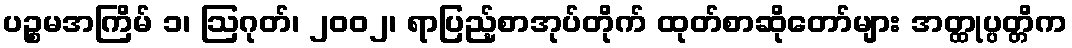
ပဉ္စမအကြိမ် ၁၊ ဩဂုတ်၊ ၂၀၀၂၊ ရာပြည့်စာအုပ်တိုက် ထုတ်စာဆိုတော်များ အတ္ထုပ္ပတ္တိက